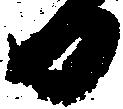
日